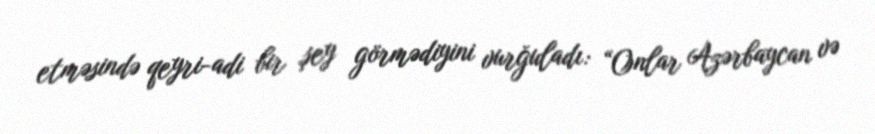
etməsində qeyri-adi bir şey görmədiyini vurğuladı: “Onlar Azərbaycan və